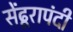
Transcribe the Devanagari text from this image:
सेंढूरापंदी